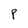
Character: p